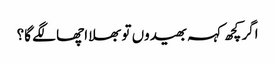
اگر کچھ کہہ بھیدوں تو بھلا اچھا لگے گا؟